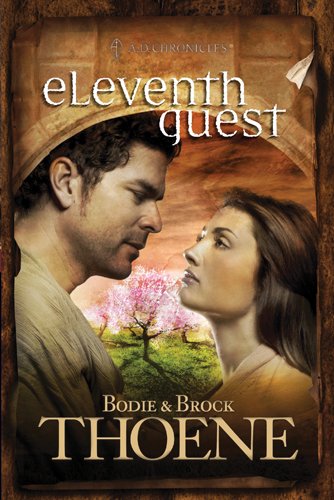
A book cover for Eleventh Guest (A. D. Chronicles); Bodie Thoene; Religion & Spirituality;